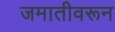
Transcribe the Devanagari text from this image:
जमातीवरून